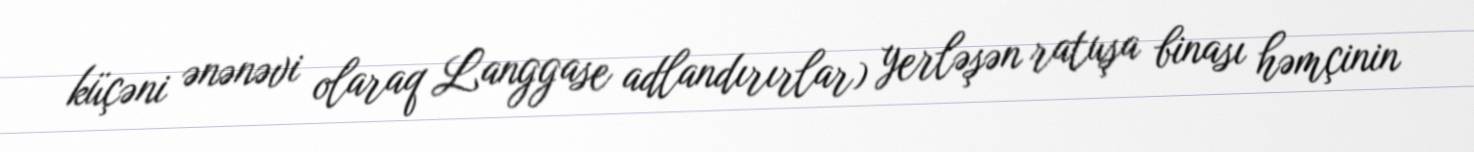
küçəni ənənəvi olaraq Langgase adlandırırlar) yerləşən ratuşa binası həmçinin